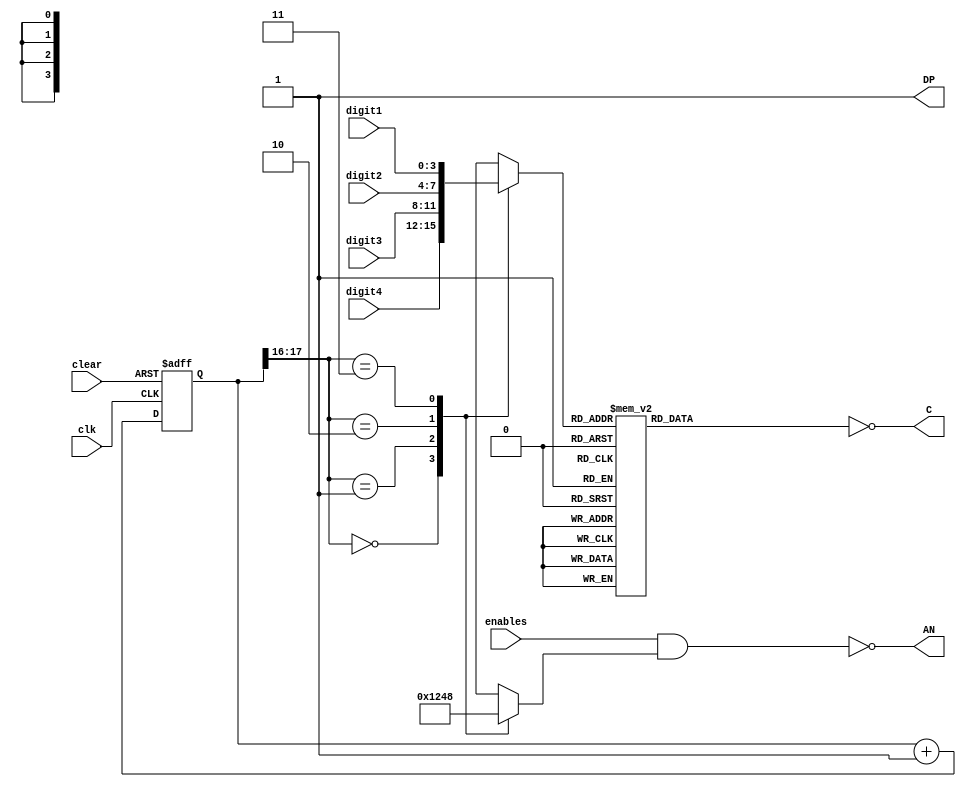
////////////////////////////////////////////////////////

//  NET "AN(3)"  LOC = "F12";  //left-most digit
//  NET "AN(2)"  LOC = "J12";
//  NET "AN(1)"  LOC = "M13";
//  NET "AN(0)"  LOC = "K14";  // right-most digit
//  NET "C(6)"   LOC = "L14";  // CA
//  NET "C(5)"   LOC = "H12";  // CB
//  NET "C(4)"   LOC = "N14";  // CC
//  NET "C(3)"   LOC = "N11";  // CD 
//  NET "C(2)"   LOC = "P12";  // CE
//  NET "C(1)"   LOC = "L13";  // GF
//  NET "C(0)"   LOC = "M12";  // CG
//  NET "DP"     LOC = "N13";
//   
//  
////////////////////////////////////////////////////////

module display_controller (
		input clk, clear,
		input [1:4] enables, 
		input [3:0] digit4, digit3, digit2, digit1,
		output [0:3] AN,
		output [6:0] C,
		output       DP
		);

		reg [3:0] current_digit, cur_dig_AN;
		reg [6:0] segments;
		
      assign AN = ~(enables & cur_dig_AN);// AN signals are active low,
                                // and must be enabled to display digit
      assign C = ~segments;     // since the CA values are active low
      assign DP = 1;            // the dot point is always off 
                                // (0 = on, since it is active low)

// the 18-bit counter, runs at 50 MHz, so bit16 changes each 1.3 millisecond
	   localparam N=18;
	   reg [N-1:0] count;
	always @(posedge clk, posedge clear)
		if(clear) count <= 0;
		else count <= count + 1;	

// the upper-2 bits of count cycle through the digits and the AN patterns			
	always @ (count[N-1:N-2], digit1, digit2, digit3, digit4)
	   case (count[N-1:N-2])
		2'b00: begin current_digit = digit4; 
                                cur_dig_AN = 4'b0001; end  // left most, AN1  
		2'b01: begin current_digit = digit3; cur_dig_AN = 4'b0010; end
		2'b10: begin current_digit = digit2; cur_dig_AN = 4'b0100; end
		2'b11: begin current_digit = digit1; 
                                cur_dig_AN = 4'b1000; end  // right most, AN4
		default: begin current_digit = 4'bxxxx; cur_dig_AN = 4'bxxxx; end
	   endcase

// the hex-to-7-segment decoder
	always @ (current_digit)
		case (current_digit)
		4'b0000: segments = 7'b111_1110;  // 0
		4'b0001: segments = 7'b011_0000;  // 1
		4'b0010: segments = 7'b110_1101;  // 2
		4'b0011: segments = 7'b111_1001;  // 3
		4'b0100: segments = 7'b011_0011;  // 4
		4'b0101: segments = 7'b101_1011;  // 5
		4'b0110: segments = 7'b101_1111;  // 6
		4'b0111: segments = 7'b111_0000;  // 7
		4'b1000: segments = 7'b111_1111;  // 8
		4'b1001: segments = 7'b111_0011;  // 9
		4'b1010: segments = 7'b111_0111;  // A
		4'b1011: segments = 7'b001_1111;  // b
		4'b1100: segments = 7'b000_1101;  // c
		4'b1101: segments = 7'b011_1101;  // d
		4'b1110: segments = 7'b100_1111;  // E
		4'b1111: segments = 7'b100_0111;  // F
		default: segments = 7'bxxx_xxxx;
		endcase		
endmodule